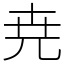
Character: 尭